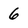
Character: 6